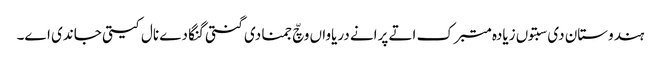
ہندوستان دی سبتوں زیادہ متبرک اتے پرانے دریاواں وچّ جمنا دی گنتی گنگا دے نال کیتی جاندی اے۔